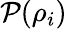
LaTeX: \mathcal{P}(\rho_{i})